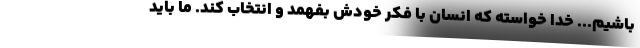
باشیم... خدا خواسته که انسان با فکر خودش بفهمد و انتخاب کند. ما باید